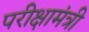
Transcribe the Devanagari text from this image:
परीक्षामंत्री